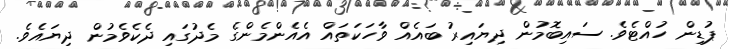
ޕުޑިން ހުއްޓެވެ. ސައިބޮމުން ދިޔައިރު ބައެއް ވާހަކަތައް އެއެންމެންގެ މެދުގައި ދެކެވެމުން ދިޔައެވެ.